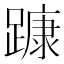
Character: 𨄗